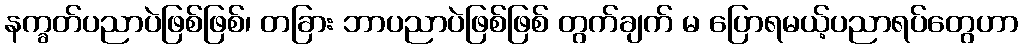
နက္ခတ်ပညာပဲဖြစ်ဖြစ်၊ တခြား ဘာပညာပဲဖြစ်ဖြစ် တွက်ချက် မ ပြောရမယ့်ပညာရပ်တွေဟာ